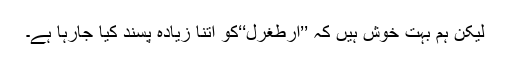
لیکن ہم بہت خوش ہیں کہ ’’ارطغرل‘‘کو اتنا زیادہ پسند کیا جارہا ہے۔